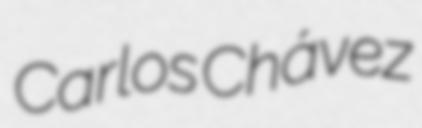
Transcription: Carlos Chávez